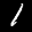
Label: 1